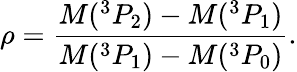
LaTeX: \rho=\frac{M(^{3}P_{2})-M(^{3}P_{1})}{M(^{3}P_{1})-M(^{3}P_{0})}.